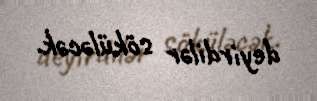
deyirdilər söküləcək.